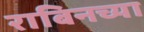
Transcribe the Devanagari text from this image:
राबिनच्या